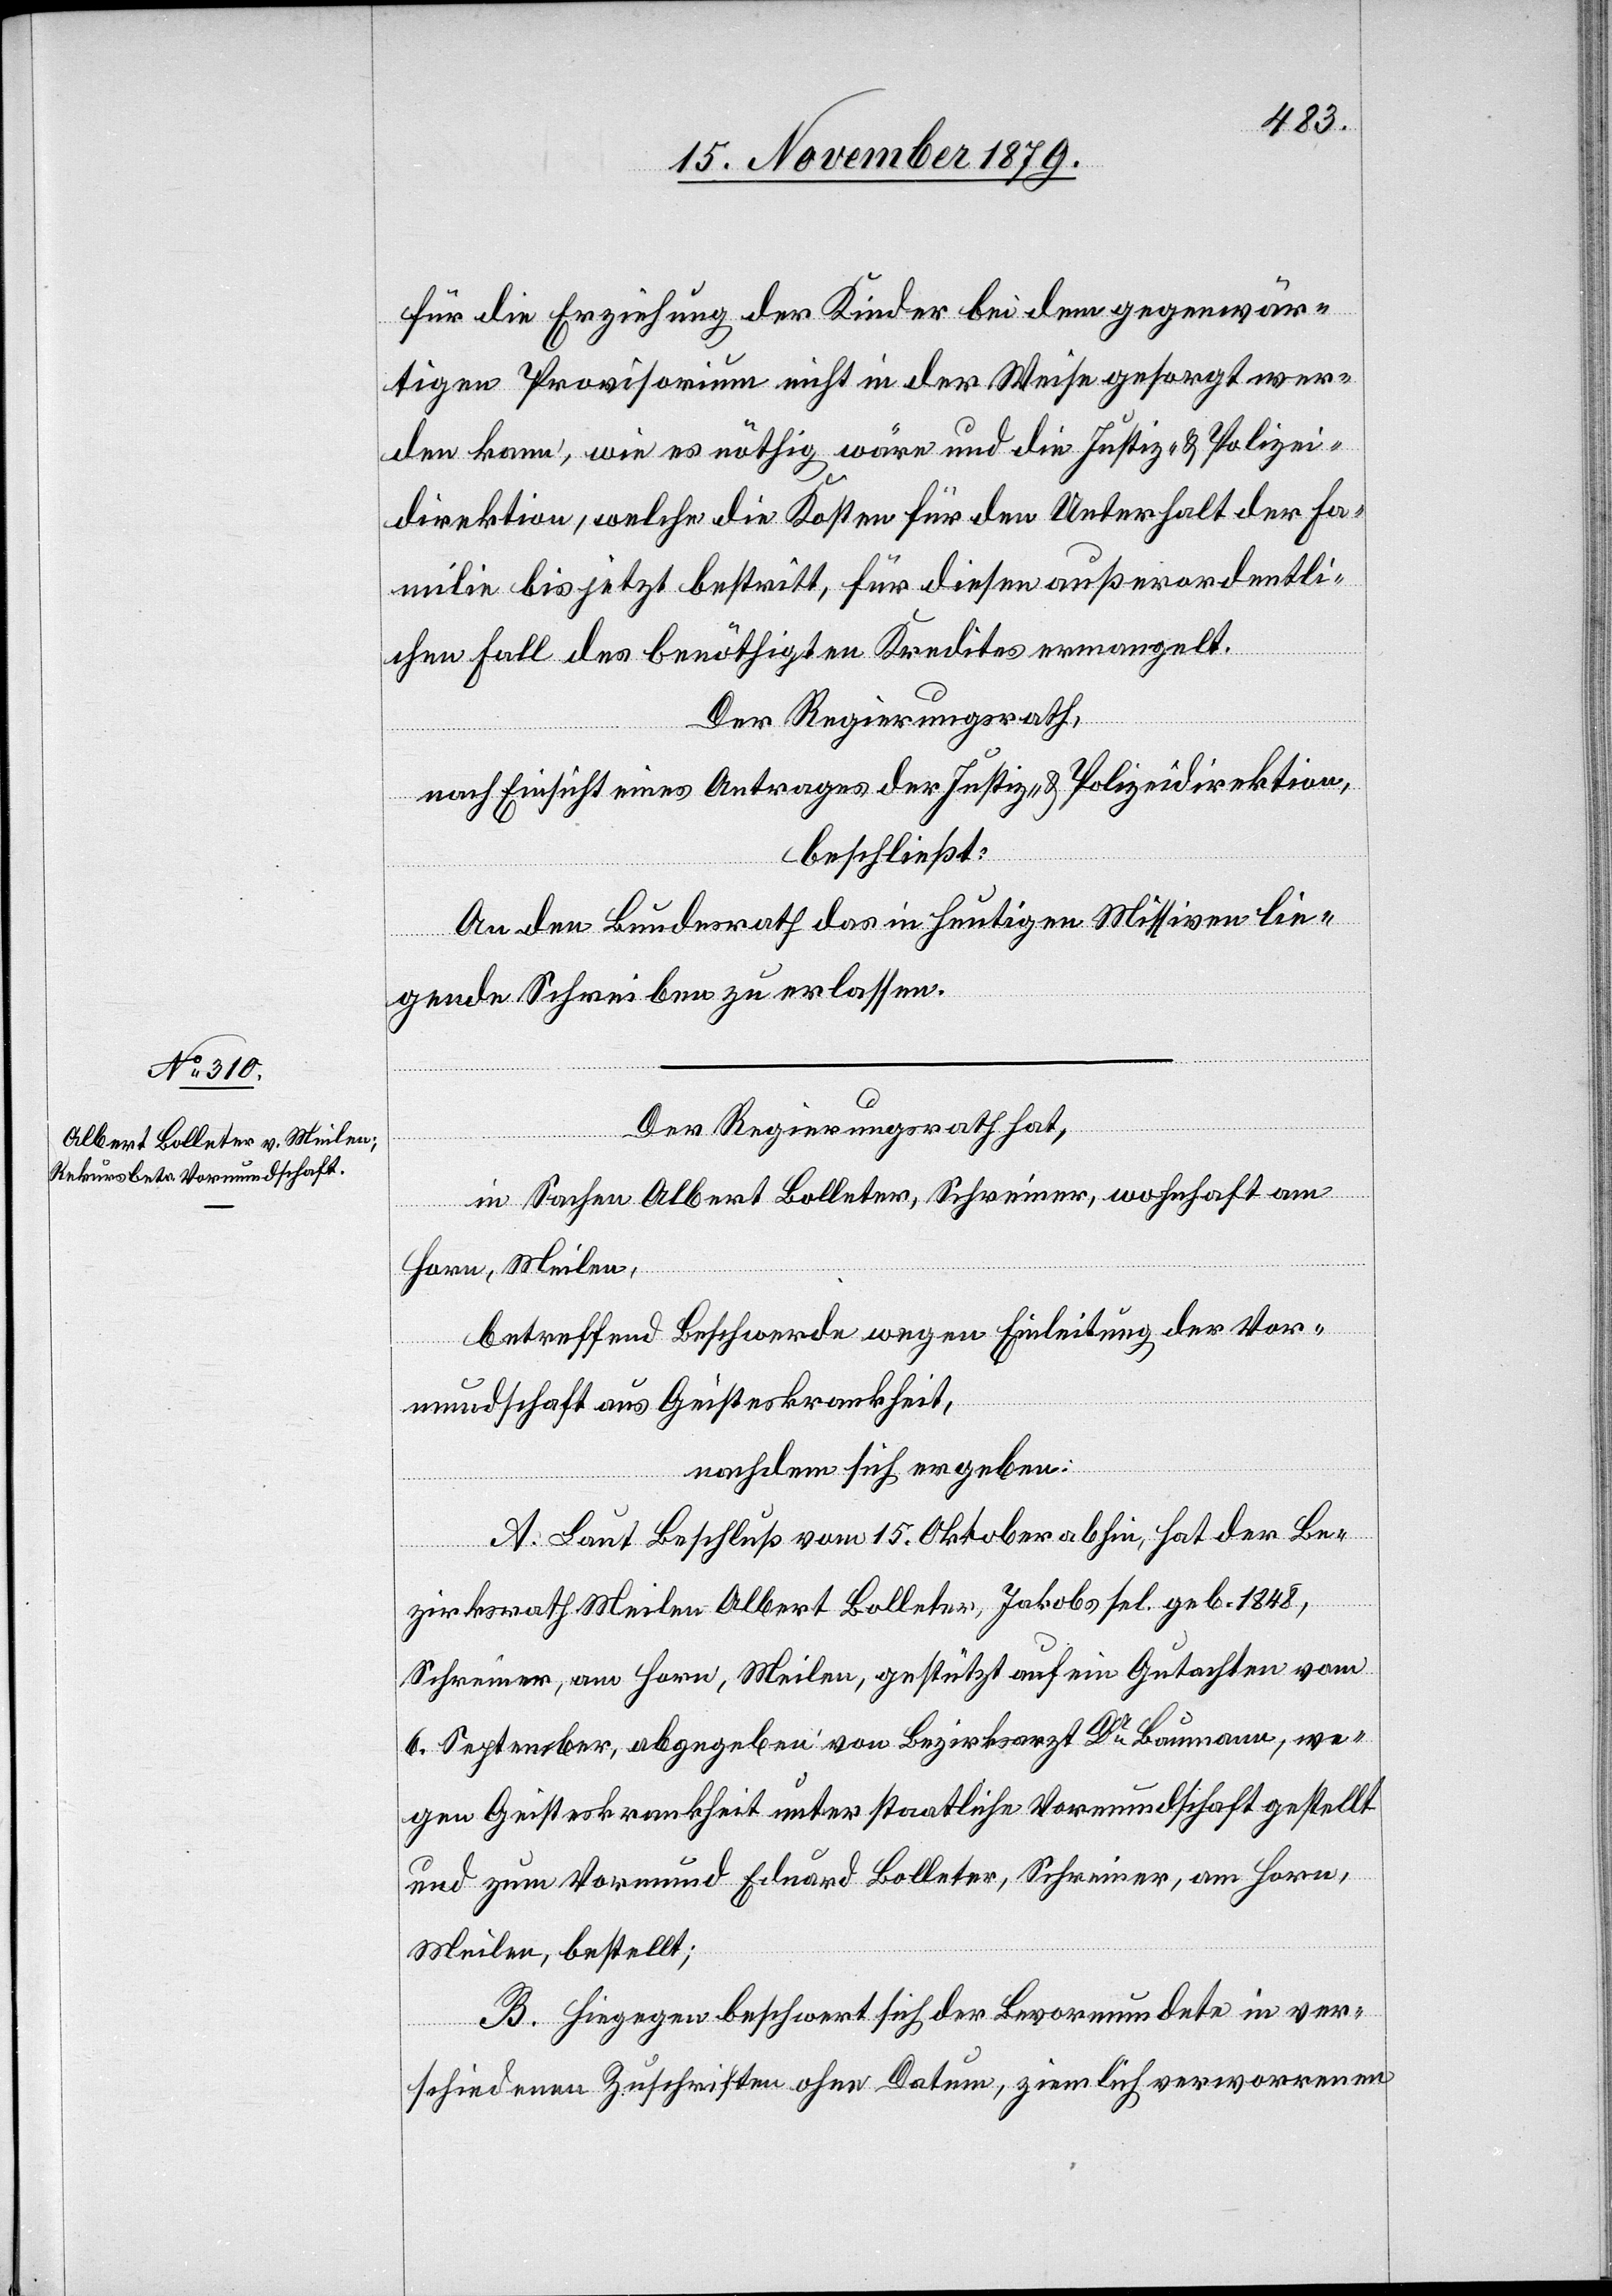
für die Erziehung der Kinder bei dem gegenwär¬
tigen Provisorium nicht in der Weise gesorgt wer¬
den kann, wie es nöthig wäre und die Justiz- & Polizei¬
direktion, welche die Kosten für den Unterhalt der Fa¬
milie bis jetzt bestritt, für diesen außerordentli¬
chen Fall des benöthigten Kredites ermangelt.
Der Regierungsrath,
nach Einsicht eines Antrages der Justiz- & Polizeidirektion,
beschließt:
An den Bundesrath das in heutigen Missiven lie¬
gende Schreiben zu erlassen.
Der Regierungsrath hat,
in Sachen Albert Bolleter, Schreiner, wohnhaft am
Horn, Meilen,
betreffend Beschwerde wegen Einleitung der Vor¬
mundschaft aus Geisteskrankheit,
nachdem sich ergeben:
A. Laut Beschluß vom 15. Oktober abhin, hat der Be¬
zirksrath Meilen Albert Bolleter, Jakobs sel. geb. 1848,
Schreiner, am Horn, Meilen, gestützt auf ein Gutachten vom
6. September, abgegeben von Bezirksarzt Dr Baumann, we¬
gen Geisteskrankheit unter staatliche Vormundschaft gestellt
und zum Vormund Eduard Bolleter, Schreiner, am Horn,
Meilen, bestellt;
B. Hiegegen beschwert sich der Bevormundete in ver¬
schiedenen Zuschriften ohne Datum, ziemlich verworrenen